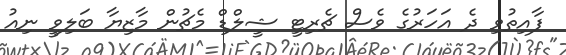
ފާއިތުވި ދެ އަހަރުގެ ވެސް ޗެރިޓީ ޝީލްޑް މެޗުން މާޒިޔާ ބަލިވީ ނިއު